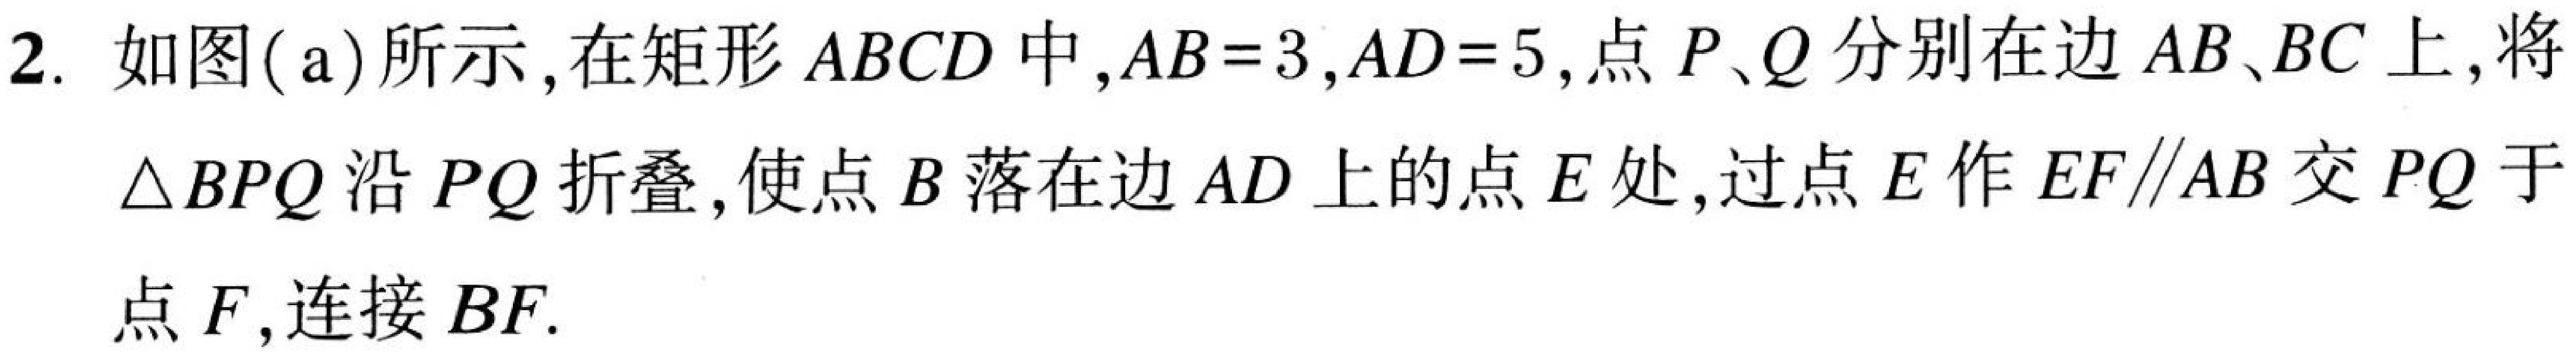
2. 如图(a)所示，在矩形 \(ABCD\) 中，\(AB = 3\)，\(AD = 5\)，点 \(P、Q\) 分别在边 \(AB、BC\) 上，将
\(\triangle BPQ\) 沿 \(PQ\) 折叠，使点 \(B\) 落在边 \(AD\) 上的点 \(E\) 处，过点 \(E\) 作 \(EF\parallel AB\) 交 \(PQ\) 于
点 \(F\)，连接 \(BF\).